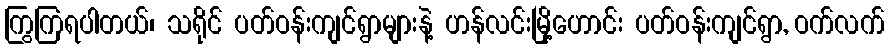
ကြွကြရပါတယ်၊ သရိုင် ပတ်ဝန်းကျင်ရွာများနဲ့ ဟန်လင်းမြို့ဟောင်း ပတ်ဝန်းကျင်ရွာ, ဝက်လက်